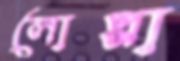
লোপ্পা